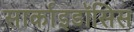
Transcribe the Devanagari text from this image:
सार्काइडॉसिस